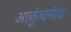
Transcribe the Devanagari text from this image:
आकुंचनीय